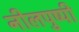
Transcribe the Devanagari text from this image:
नीलपुष्पी